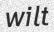
wilt